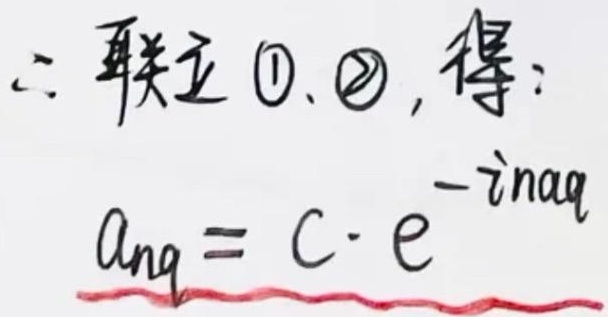
\(\therefore\) 联立\textcircled{1}、\textcircled{2}，得：\(a_{nq}=C\cdot e^{-inaq}\)